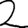
Digit: 2